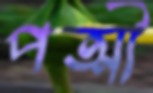
পত্মী